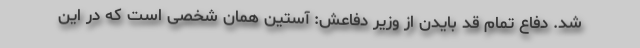
شد. دفاع تمام قد بایدن از وزیر دفاعش: آستین همان شخصی است که در این